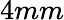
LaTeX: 4mm